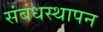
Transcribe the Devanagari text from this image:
संबंधस्थापन